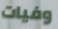
وفيات